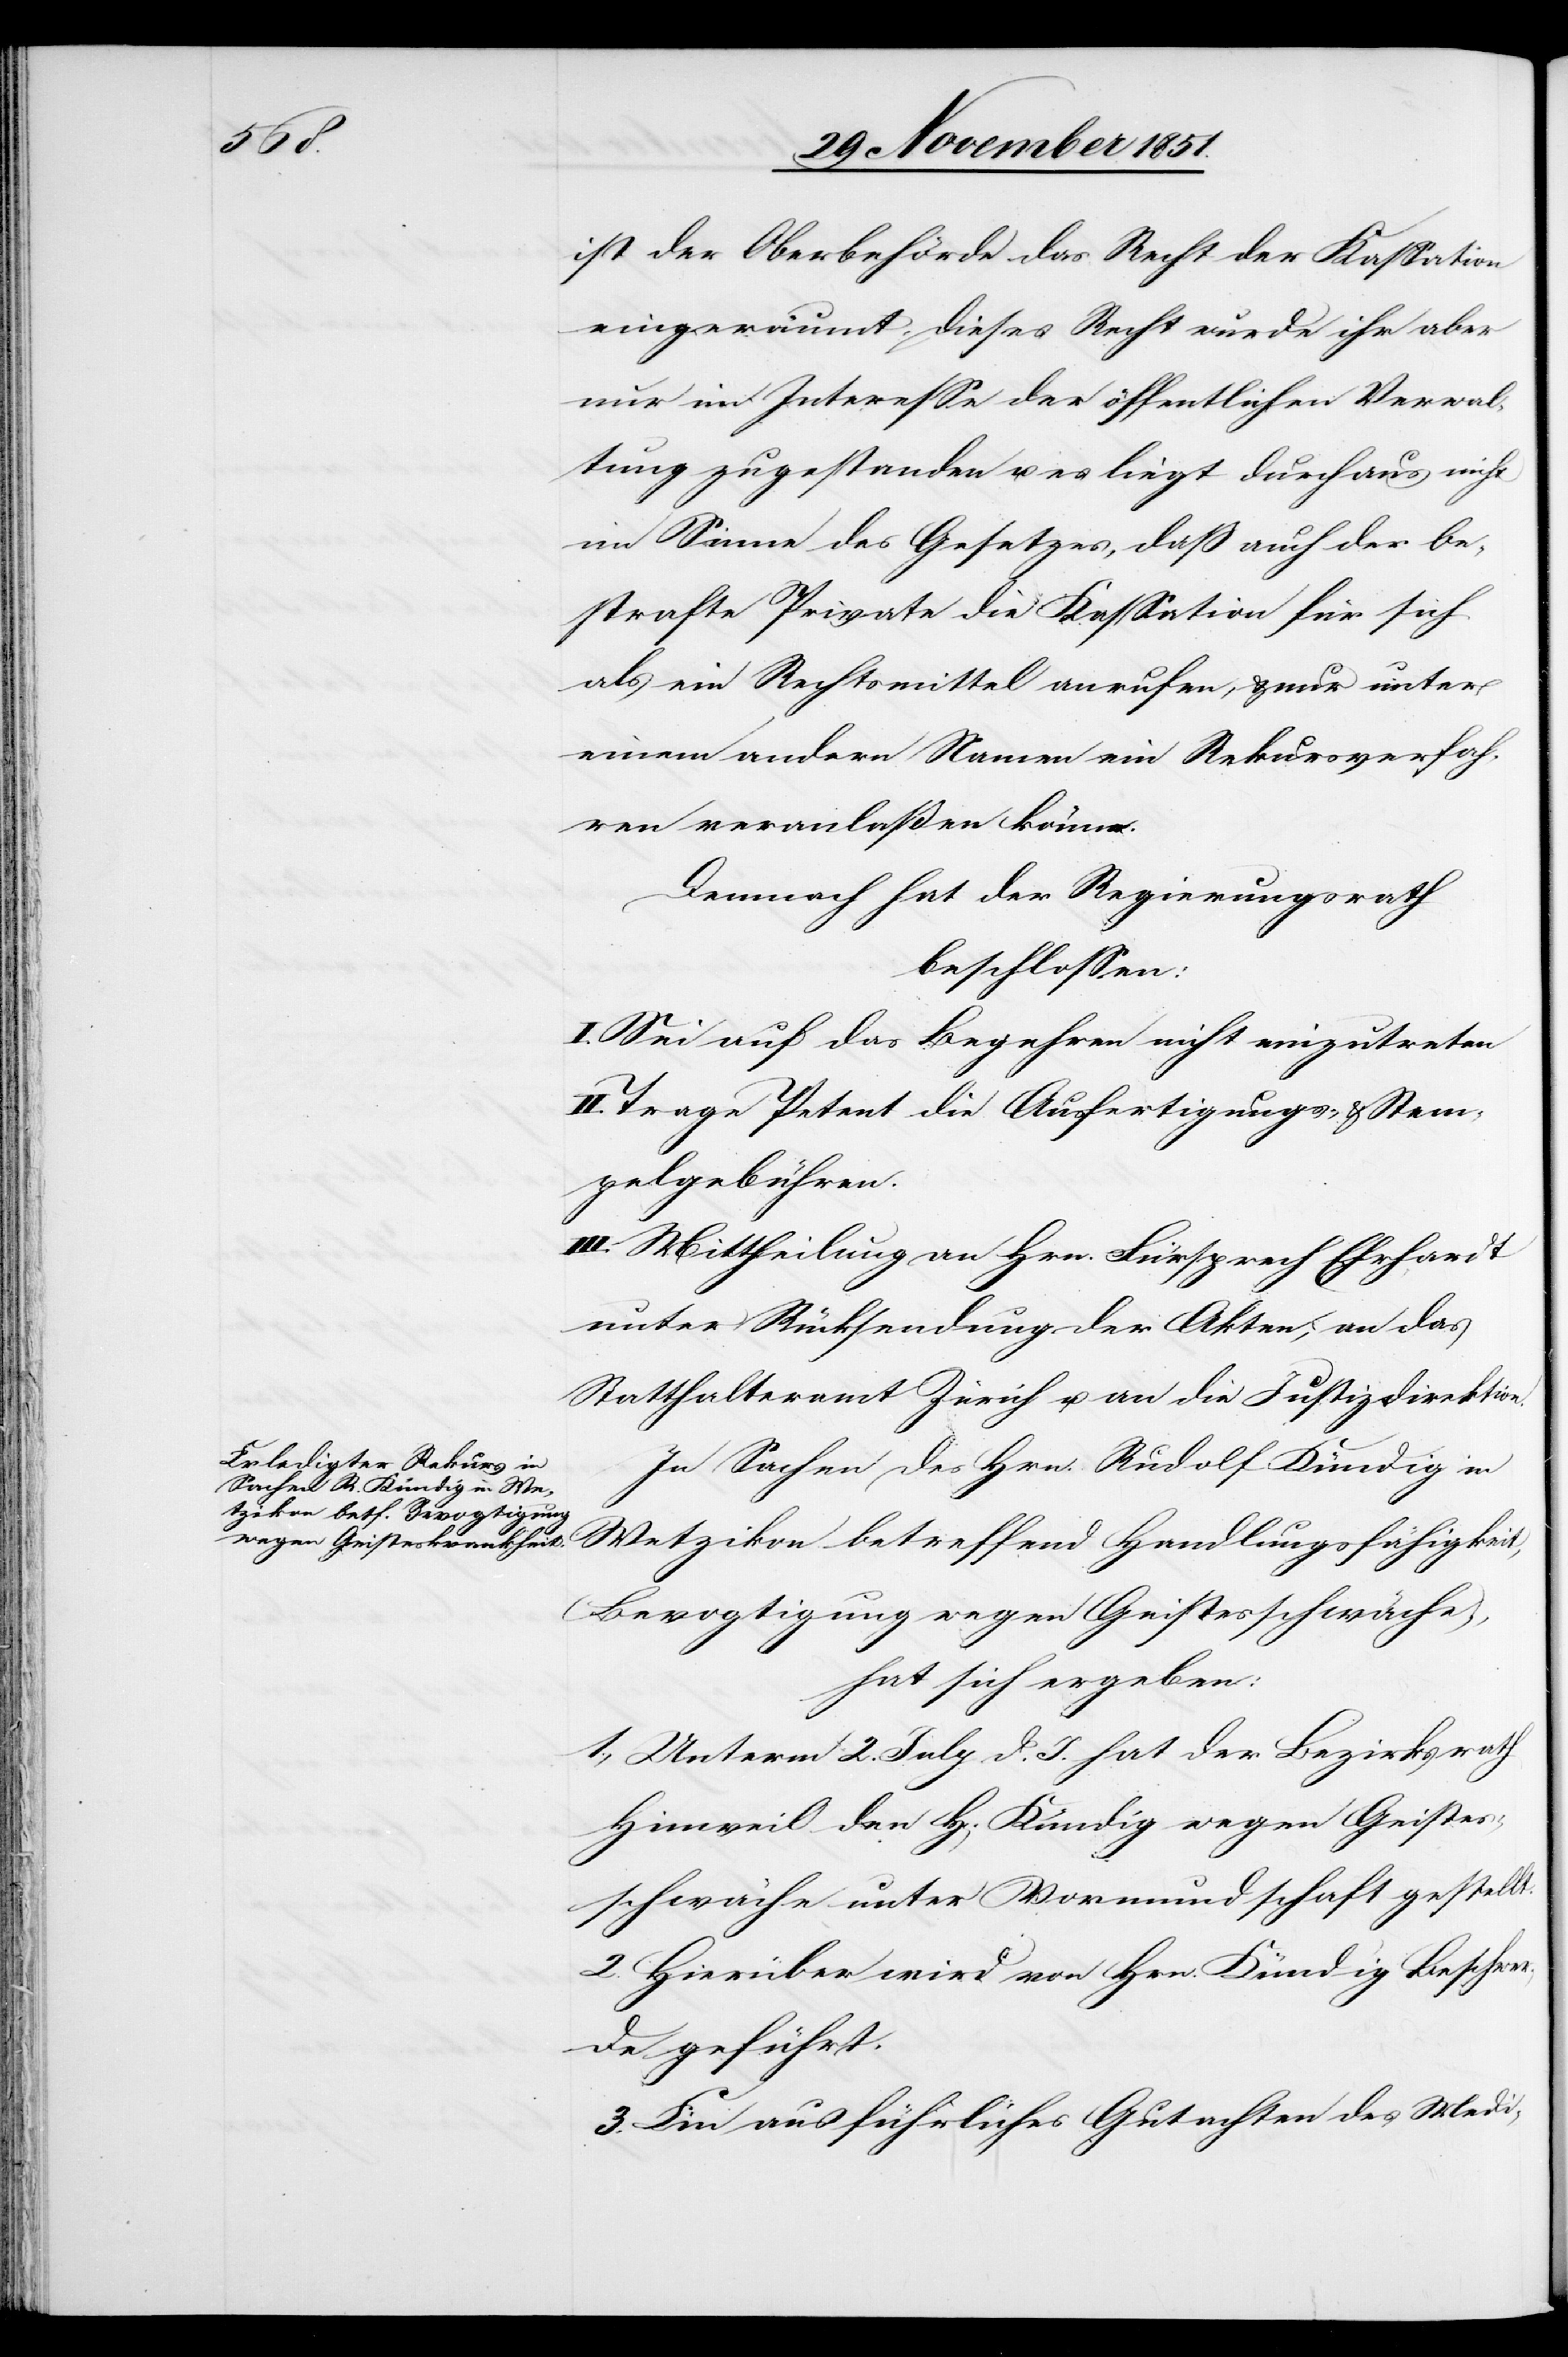
ist der Oberbehörde das Recht der Kassation
eingeräumt, dieses Recht wurde ihr aber
nur im Interesse der öffentlichen Verwal¬
tung zugestanden u. es liegt durchaus nicht
im Sinne des Gesetzes, daß auch der be¬
strafte Private die Kassation für sich
als ein Rechtsmittel anrufen, & nur unter
einem andern Namen ein Rekursverfah¬
ren veranlaßen könne.
Demnach hat der Regierungsrath
beschlossen:
I. Sei auf das Begehren nicht einzutreten
Trage Petent die Ausfertigungs- & Stem¬
pelgebühren.
III. Mittheilung an Hrn. Fürsprech Ehrhardt
unter Rücksendung der Akten, an das
Statthalteramt Zürich u. an die Justizdirektion.
In Sachen des Hrn. Rudolf Kündig in
Wetzikon betreffend Handlungsfähigkeit,
(Bevogtigung wegen Geistesschwäche),
hat sich ergeben:
1., Unterm 2. July d. J. hat der Bezirksrath
Hinweil den H[errn] Kündig wegen Geistes¬
schwäche unter Vormundschaft gestellt.
2. Hierüber wird von Hrn. Kündig Beschwer¬
de geführt.
3. Ein ausführliches Gutachten des Medi-